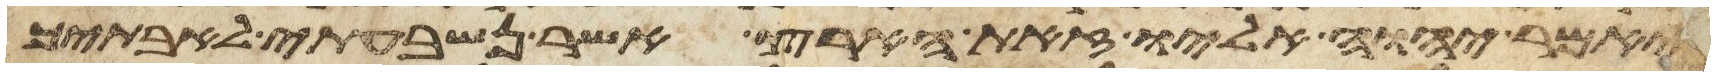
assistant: ויאמר יהוה אליו זאת הארץ אשר נשבעתי לאבתיך